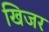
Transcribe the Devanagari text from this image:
खिजर